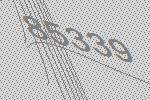
85339